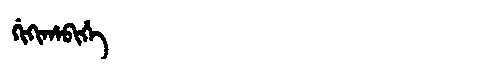
Manchu: ᡤᡳᡴᡳᡥᠠᠪᡳᡥᡝ
Romanization: GIKIHABIHE